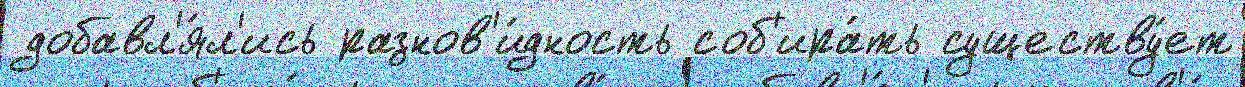
добавл'я́л'ись разнов'и́дность соб'ира́ть существу́ет